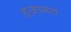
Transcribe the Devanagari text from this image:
हज़ामत